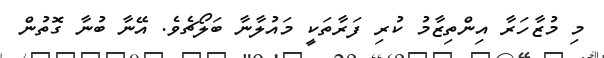
މި މުޒާހަރާ އިންތިޒާމު ކުރި ފަރާތަކީ މައުލާނާ ބަލޯޗެވެ. އޭނާ ބުނާ ގޮތުން